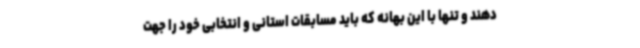
دهند و تنها با این بهانه که باید مسابقات استانی و انتخابی خود را جهت